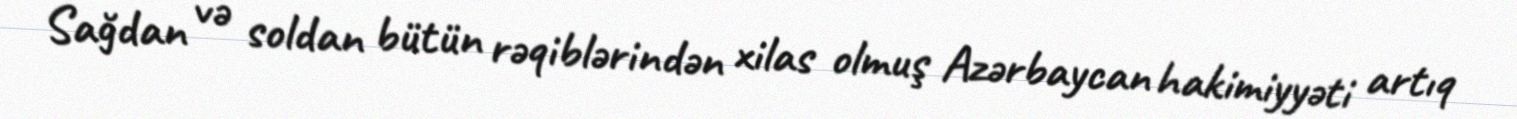
Sağdan və soldan bütün rəqiblərindən xilas olmuş Azərbaycan hakimiyyəti artıq